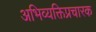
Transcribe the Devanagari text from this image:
अभिव्यक्तिप्रचारक